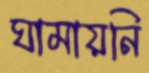
ঘামায়নি